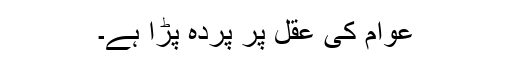
عوام کی عقل پر پردہ پڑا ہے۔